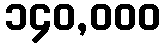
၁၄၀,၀၀၀